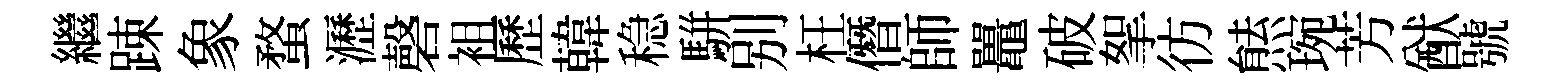
繼踈象蝥瀝磬袓歷韓稳駢别枉僭師鼉破挐彷㷱琬芳猷號